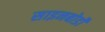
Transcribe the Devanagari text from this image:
साइनबोर्डों